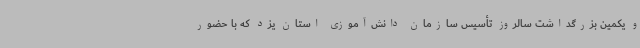
و یکمین بزرگداشت سالروز تأسیس سازمان دانش‌آموزی استان یزد که با حضور